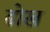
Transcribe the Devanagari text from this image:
ढोख